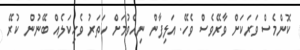
ކޮންމެސް ވަރަކަށް ވާރޭވެސް ވެހޭ. އަލިފާން ނިއްވުމަށް ހަތަރު ވެހިކަލެއް ބޭނުން ކުރޭ